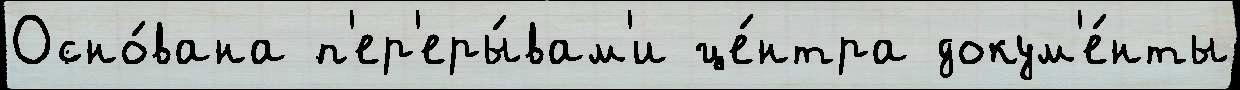
Осно́вана п'ер'еры́вам'и це́нтра докум'е́нты